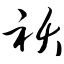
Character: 祆